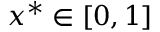
{ { x } ^ { * } } \in \left[ 0 , 1 \right]